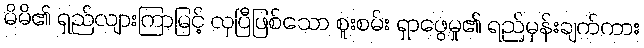
မိမိ၏ ရှည်လျားကြာမြင့် လှပြီဖြစ်သော စူးစမ်း ရှာဖွေမှု၏ ရည်မှန်းချက်ကား